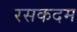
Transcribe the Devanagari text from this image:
रसकदम